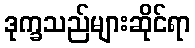
ဒုက္ခသည်များဆိုင်ရာ